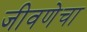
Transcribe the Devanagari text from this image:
जीवणेचा